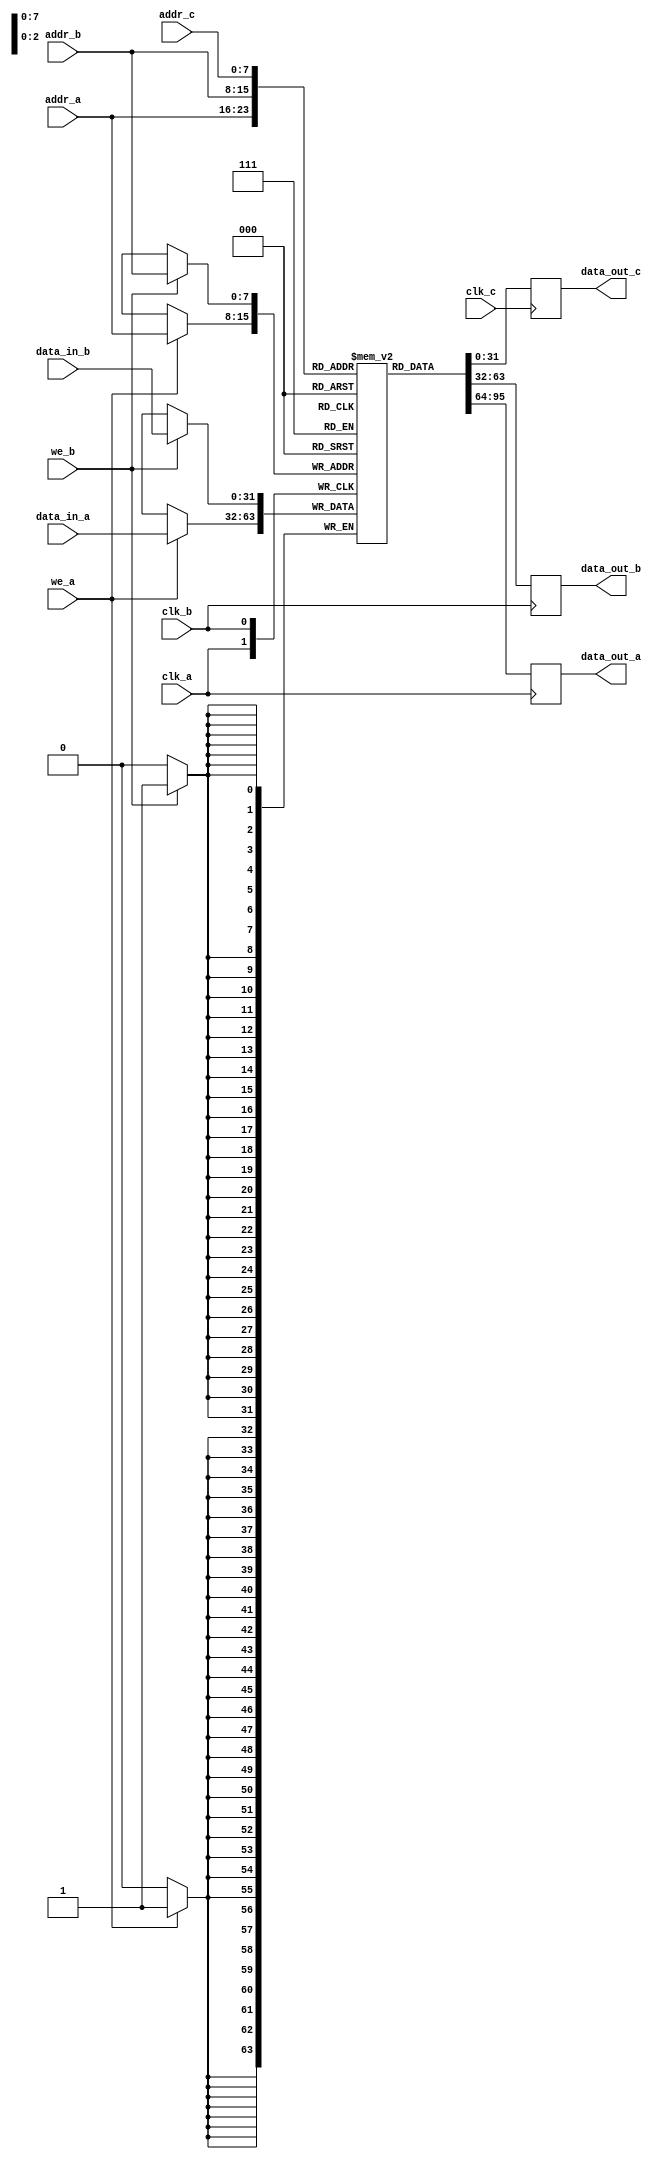
module triple_port_ram #(
    parameter addr_width = 8,      // Address width (bits)
    parameter data_width = 32       // Data width (bits)
) (
    // Port A
    input wire clk_a,
    input wire we_a,
    input wire [addr_width-1:0] addr_a,
    input wire [data_width-1:0] data_in_a,
    output reg [data_width-1:0] data_out_a,

    // Port B
    input wire clk_b,
    input wire we_b,
    input wire [addr_width-1:0] addr_b,
    input wire [data_width-1:0] data_in_b,
    output reg [data_width-1:0] data_out_b,

    // Port C
    input wire clk_c,
    input wire [addr_width-1:0] addr_c,
    output reg [data_width-1:0] data_out_c
);

    // Memory array declaration
    reg [data_width-1:0] mem [(2**addr_width)-1:0];

    // Process for Port A
    always @(posedge clk_a) begin
        if (we_a) begin
            // Write to memory at address addr_a
            mem[addr_a] <= data_in_a;
        end
        // Read from memory
        data_out_a <= mem[addr_a];
    end
    
    // Process for Port B
    always @(posedge clk_b) begin
        if (we_b) begin
            // Write to memory at address addr_b
            mem[addr_b] <= data_in_b;
        end
        // Read from memory
        data_out_b <= mem[addr_b];
    end

    // Process for Port C
    always @(posedge clk_c) begin
        // Read from memory at address addr_c
        data_out_c <= mem[addr_c];
    end

endmodule